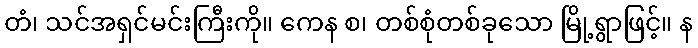
တံ၊ သင်အရှင်မင်းကြီးကို။ ကေန စ၊ တစ်စုံတစ်ခုသော မြို့ရွာဖြင့်။ န